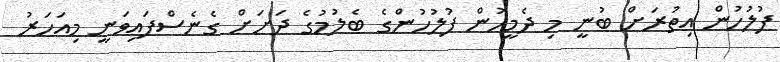
ފުލުހުން އިތުރަށް ބުނީ މި ދެމީހުން ފުލުހުންގެ ބެލުމުގެ ދަށަށް ގެނެސްފައިވަނީ މިއަހަރު